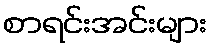
စာရင်းအင်းများ